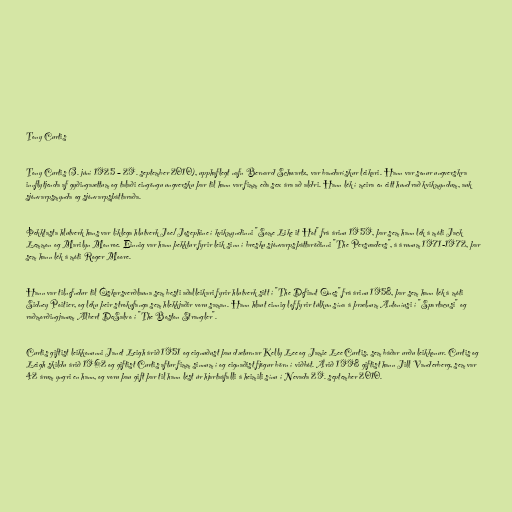
Tony Curtis

Tony Curtis (3. júní 1925 – 29. september 2010), upphaflegt nafn Bernard Schwartz, var bandarískur leikari. Hann var sonur ungverskra
innflytjenda af gyðingaættum og talaði eingöngu ungversku þar til hann var fimm eða sex ára að aldri. Hann lék í meira en eitt hundrað kvikmyndum, auk
sjónvarpsmynda og sjónvarpsþáttaraða.

Þekktasta hlutverk hans var líklega hlutverk Joe/Josephine í kvikmyndinni "Some Like it Hot" frá árinu 1959, þar sem hann lék á móti Jack
Lemmon og Marilyn Monroe. Einnig var hann þekktur fyrir leik sinn í bresku sjónvarpsþáttaröðinni "The Persuaders", á árunum 1971-1972, þar
sem hann lék á móti Roger Moore.

Hann var tilnefndur til Óskarsverðlauna sem besti aðalleikari fyrir hlutverk sitt í "The Defiant Ones" frá árinu 1958, þar sem hann lék á móti
Sidney Poitier, og léku þeir strokufanga sem hlekkjaðir voru saman. Hann hlaut einnig lof fyrir túlkun sína á þrælnum Antoníusi í "Spartacusi" og
raðmorðingjanum Albert DeSalvo í "The Boston Strangler".

Curtis giftist leikkonunni Janet Leigh árið 1951 og eignuðust þau dæturnar Kelly Lee og Jamie Lee Curtis, sem báðar urðu leikkonur. Curtis og
Leigh skildu árið 1962 og giftist Curtis aftur fimm sinnum í og eignaðist fjögur börn í viðbót. Árið 1998 giftist hann Jill Vanderberg, sem var
42 árum yngri en hann, og voru þau gift þar til hann lést úr hjartaáfalli á heimili sínu í Nevada 29. september 2010.